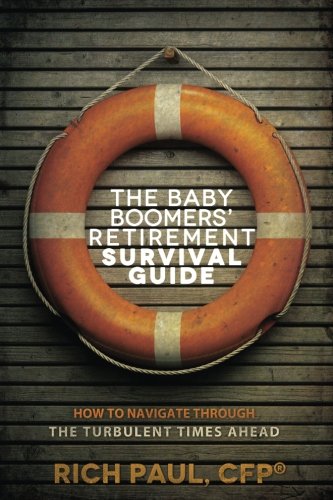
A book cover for The Baby Boomers' Retirement Survival Guide: How To Navigate Through The Turbulent Times Ahead; Rich Paul; Business & Money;